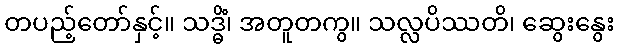
တပည့်တော်နှင့်။ သဒ္ဓိံ၊ အတူတကွ။ သလ္လပိဿတိ၊ ဆွေးနွေး